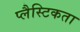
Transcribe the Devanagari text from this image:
प्लैस्टिकता